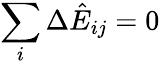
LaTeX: \sum_{i}\Delta\hat{E}_{ij}=0